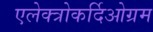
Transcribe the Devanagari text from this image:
एलेक्त्रोकर्दिओग्रम